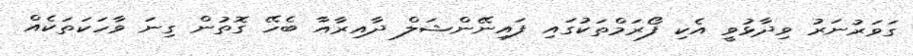
ގަވަރުނަރު ވިދާޅުވީ އެކި ފޯރަމްތަކުގައި ފައިނޭންޝަލް ދާއިރާއާ ބެހޭ ގޮތުން ގިނަ ވާހަކަތަކެއް